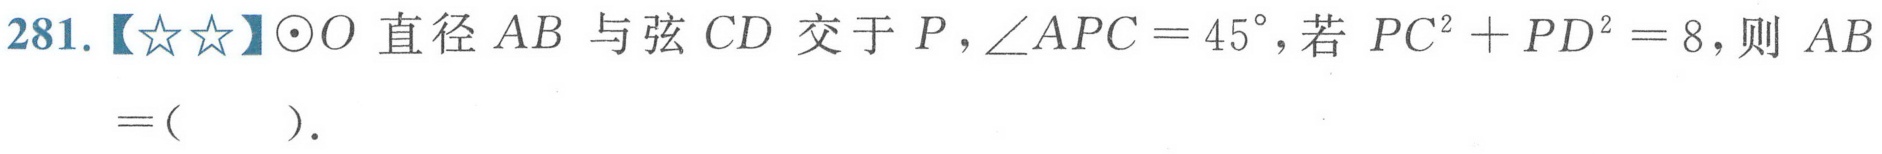
281.【★★】$\odot O$ 直径 $AB$ 与弦 $CD$ 交于 $P,\angle APC = 45^{\circ}$,若 $PC^{2}+PD^{2}=8$,则 $AB=($  ).